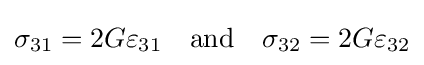
\sigma _{31}=2G\varepsilon _{31}\quad {\text{and}}\quad \sigma _{32}=2G\varepsilon _{32}